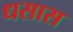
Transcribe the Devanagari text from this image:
धसास